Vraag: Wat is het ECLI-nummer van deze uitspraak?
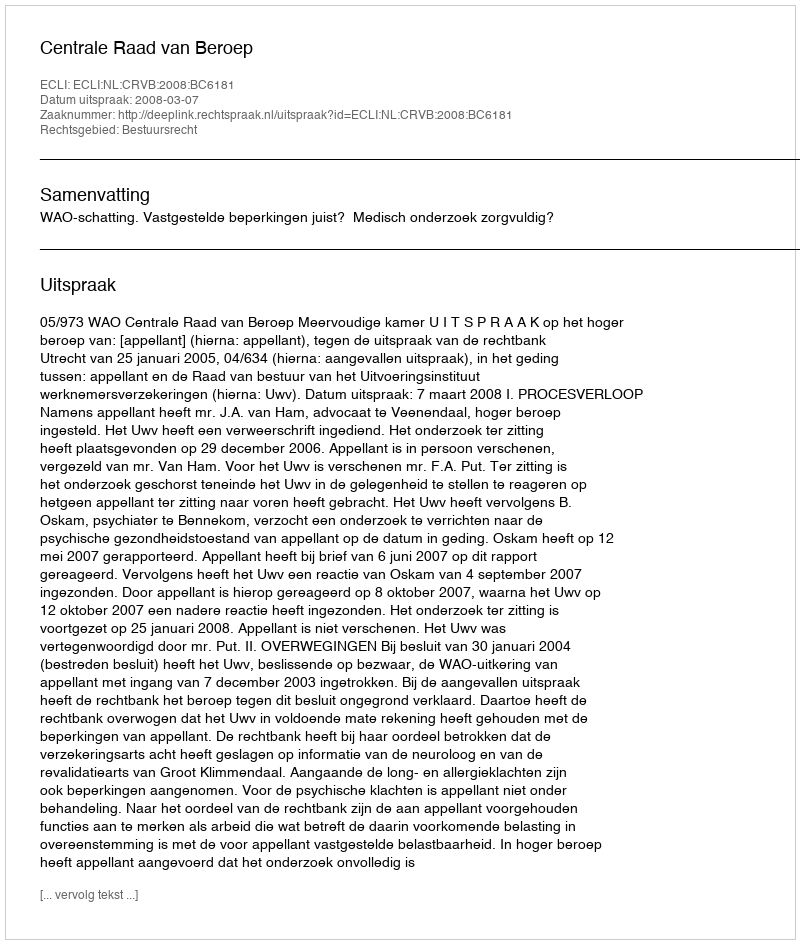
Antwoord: ECLI:NL:CRVB:2008:BC6181